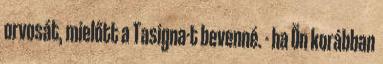
orvosát, mielőtt a Tasigna-t bevenné. - ha Ön korábban